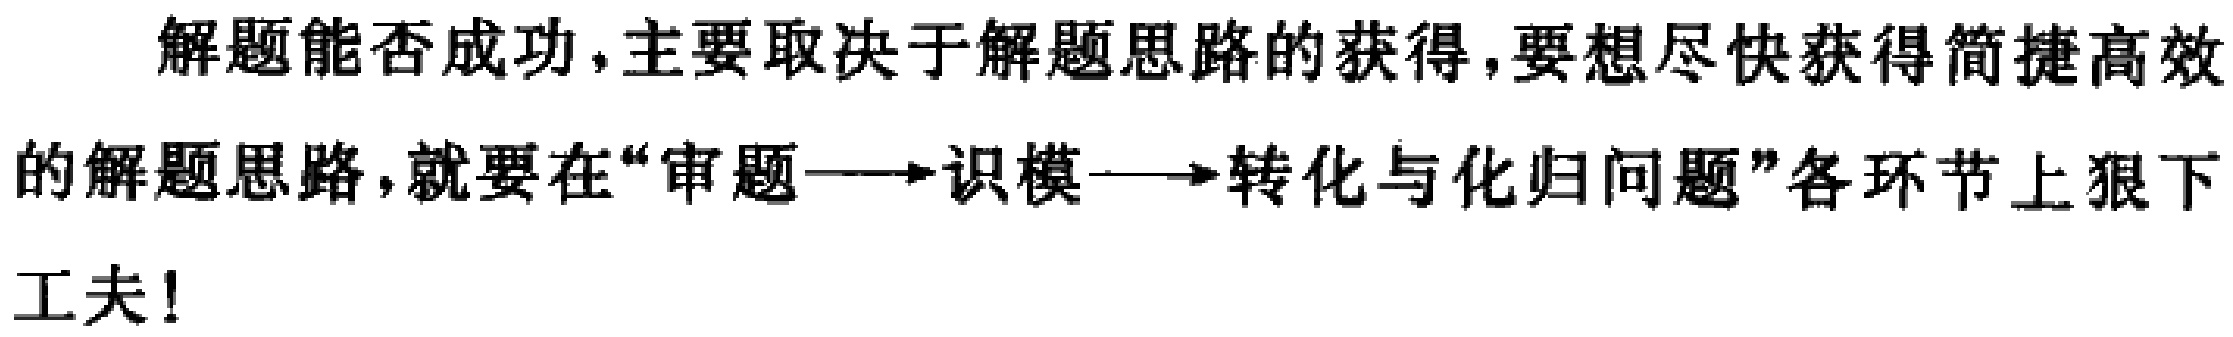
解题能否成功,主要取决于解题思路的获得,要想尽快获得简捷高效的解题思路,就要在“审题$\longrightarrow$识模$\longrightarrow$转化与化归问题”各环节上狠下工夫!